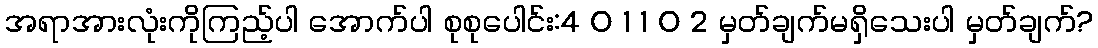
အရာအားလုံးကိုကြည့်ပါ အောက်ပါ စုစုပေါင်း:4 0 1 1 0 2 မှတ်ချက်မရှိသေးပါ မှတ်ချက်?